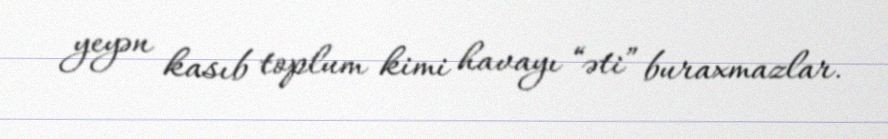
yeyən kasıb toplum kimi havayı “əti” buraxmazlar.